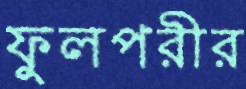
ফুলপরীর